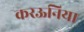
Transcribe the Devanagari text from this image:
करऊनिया